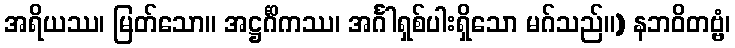
အရိယဿ၊ မြတ်သော။ အဋ္ဌင်္ဂိကဿ၊ အင်္ဂါရှစ်ပါးရှိသော မဂ်သည်။) နဘဝိတဗ္ဗံ၊